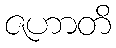
ဇဟာတိ